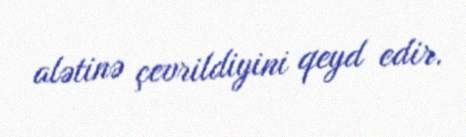
alətinə çevrildiyini qeyd edir.